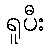
ရူပီး